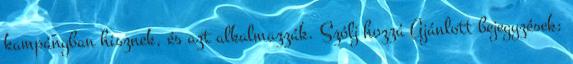
kampányban hisznek, és azt alkalmazzák. Szólj hozzá Ajánlott bejegyzések: